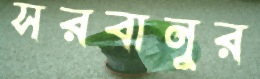
সরবানুর